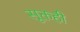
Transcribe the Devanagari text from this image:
सूक्तही